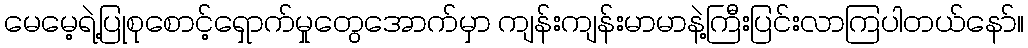
မေမေ့ရဲ့ပြုစုစောင့်ရှောက်မှုတွေအောက်မှာ ကျန်းကျန်းမာမာနဲ့ကြီးပြင်းလာကြပါတယ်နော်။